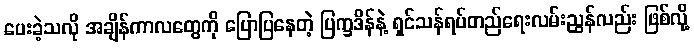
ပေးခဲ့သလို အချိန်ကာလတွေကို ပြောပြနေတဲ့ ပြက္ခဒိန်နဲ့ ရှင်သန်ရပ်တည်ရေးလမ်းညွှန်လည်း ဖြစ်လို့